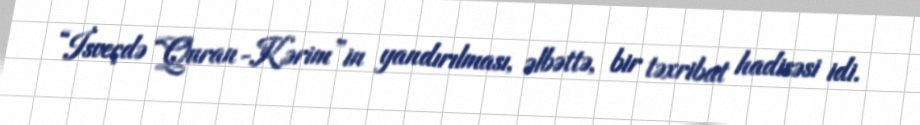
“İsveçdə “Quran-Kərim”in yandırılması, əlbəttə, bir təxribat hadisəsi idi.